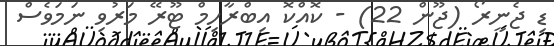
ޑި ޖެނީރޯ (ޖޫން 22) - ކޮއްކޮ އިބްރާހިމް ޓޫރޭ މަރުވި ނަމަވެސް